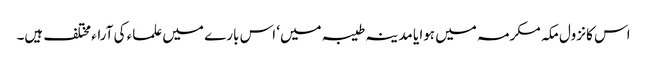
اس کا نزول مکہ مکرمہ میں ہوا یا مدینہ طیبہ میں‘ اس بارے میں علماء کی آراء مختلف ہیں۔